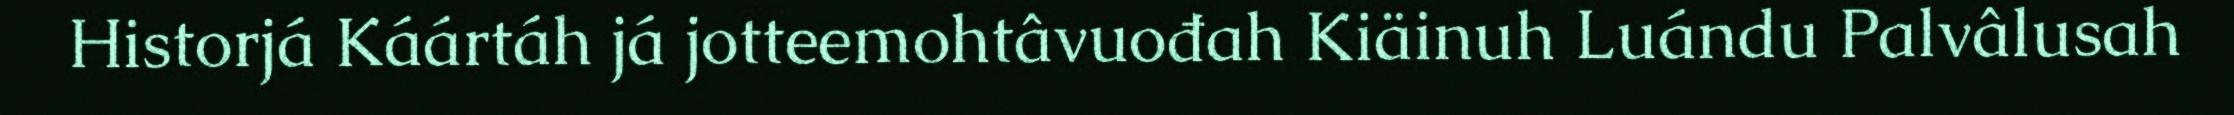
Historjá Káártáh já jotteemohtâvuođah Kiäinuh Luándu Palvâlusah